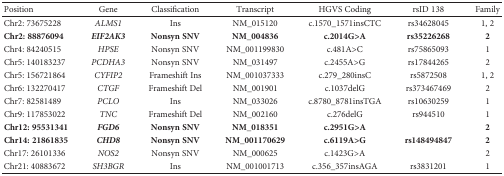
| Position | Gene | Classification | Transcript | HGVS Coding | rsID 138 | Family |
 | --- | --- | --- | --- | --- | --- | --- |
 | Chr2: 73675228 | ALMS1 | Ins | NM_015120 | c.1570_1571insCTC | rs34628045 | 1, 2 |
 | Chr2: 88876094 | EIF2AK3 | Nonsyn SNV | NM_004836 | c.2014G>A | rs35226268 | 2 |
 | Chr4: 84240515 | HPSE | Nonsyn SNV | NM_001199830 | c.481A>C | rs75865093 | 1 |
 | Chr5: 140183237 | PCDHA3 | Nonsyn SNV | NM_031497 | c.2455A>G | rs17844265 | 2 |
 | Chr5: 156721864 | CYFIP2 | Frameshift Ins | NM_001037333 | c.279_280insC | rs5872508 | 1, 2 |
 | Chr6: 132270417 | CTGF | Frameshift Del | NM_001901 | c.1037delG | rs373467469 | 2 |
 | Chr7: 82581489 | PCLO | Ins | NM_033026 | c.8780_8781insTGA | rs10630259 | 1 |
 | Chr9: 117853022 | TNC | Frameshift Del | NM_002160 | c.276delG | rs944510 | 1 |
 | Chr12: 95531341 | FGD6 | Nonsyn SNV | NM_018351 | c.2951G>A |  | 2 |
 | Chr14: 21861835 | CHD8 | Nonsyn SNV | NM_001170629 | c.6119A>G | rs148494847 | 2 |
 | Chr17: 26101336 | NOS2 | Nonsyn SNV | NM_000625 | c.1423G>A |  | 2 |
 | Chr21: 40883672 | SH3BGR | Ins | NM_001001713 | c.356_357insAGA | rs3831201 | 1 |